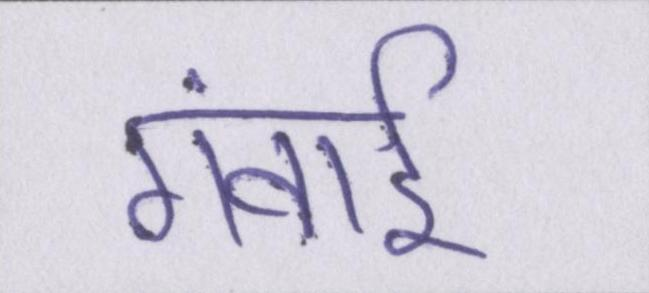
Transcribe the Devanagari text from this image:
गंवाई